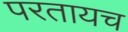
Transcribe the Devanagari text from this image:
परतायच